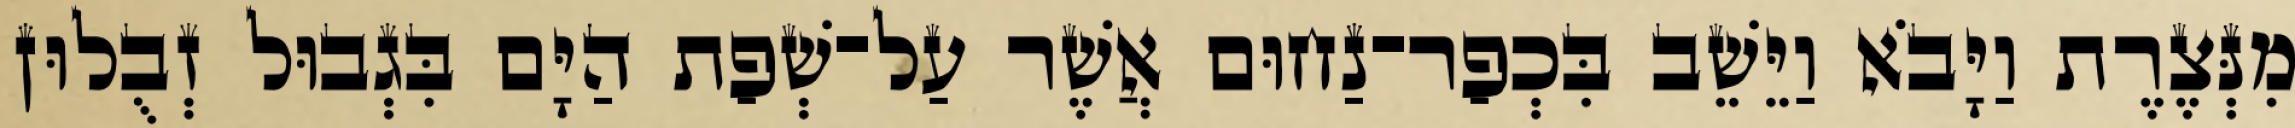
מִנְּצֶרֶת וַיָּבֹא וַיֵּשֵׁב בִּכְפַר־נַחוּם אֲשֶׁר עַל־שְׁפַת הַיָּם בִּגְבוּל זְבֻלוּן